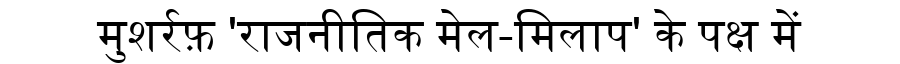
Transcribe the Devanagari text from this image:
मुशर्रफ़ 'राजनीतिक मेल-मिलाप' के पक्ष में